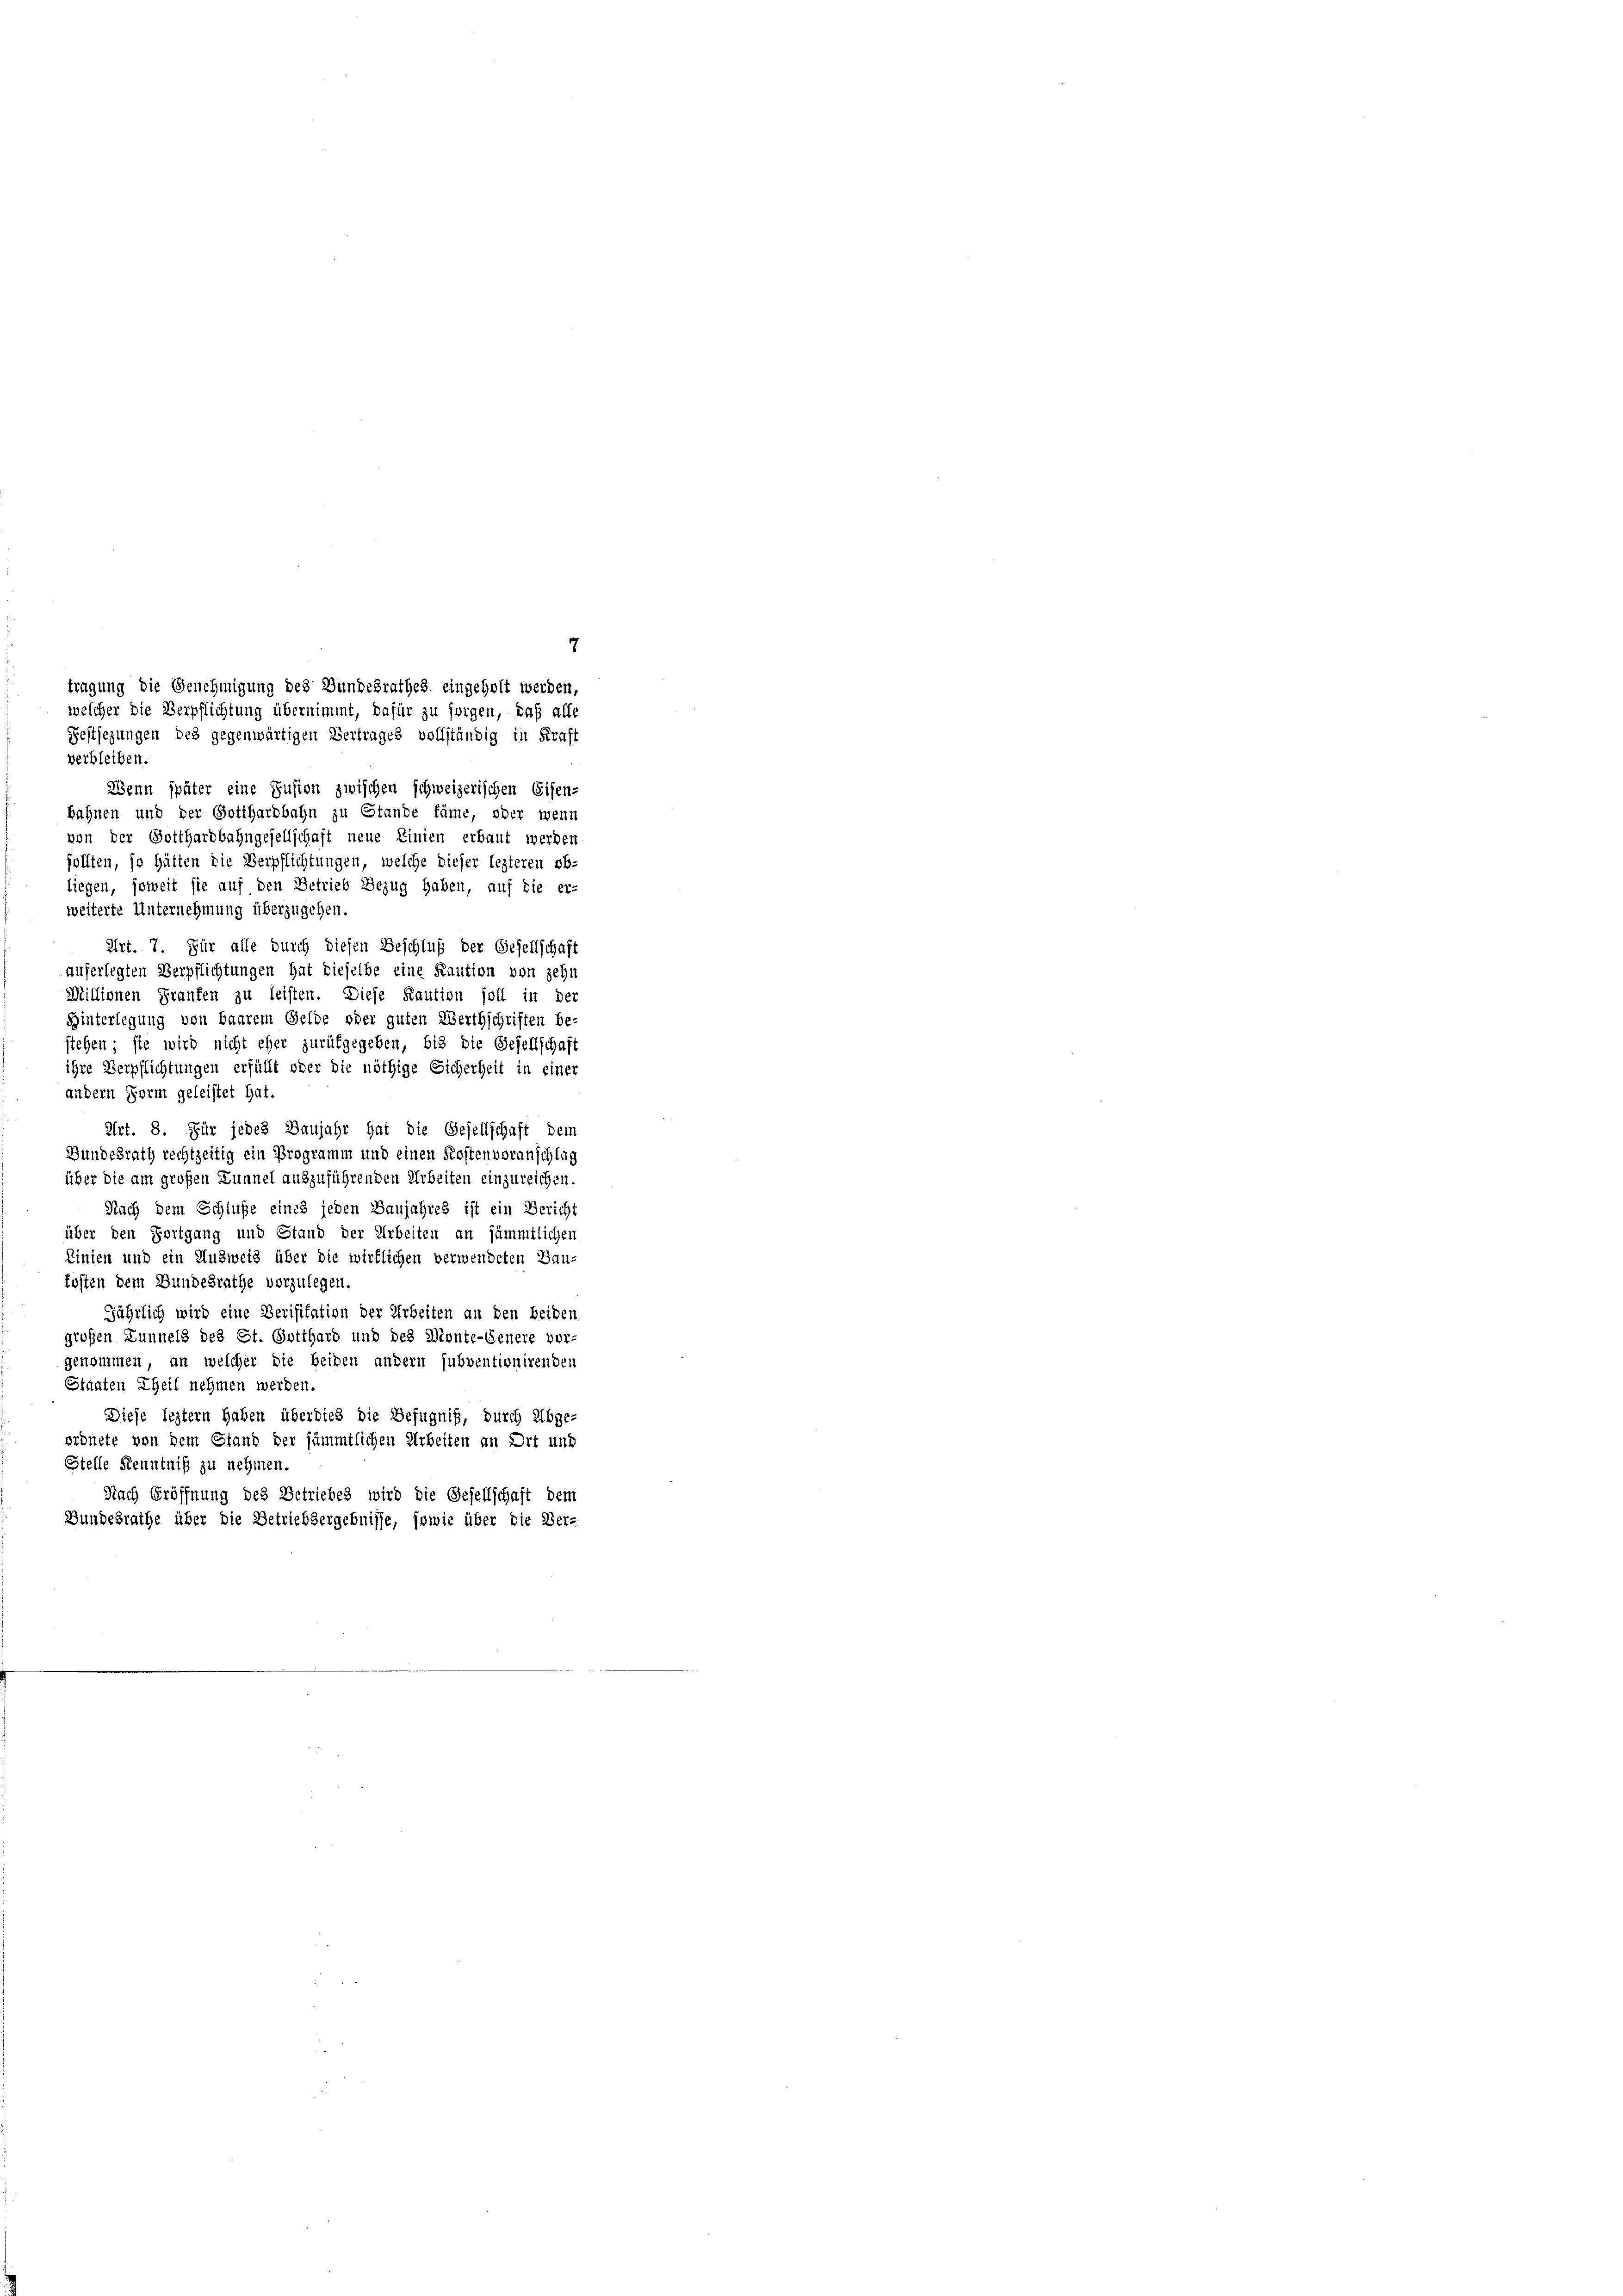
verbleiben.
Wenn später eine Zusion zwischen schweizerischen Eisen-
bahnen und der Gotthardbahn zu Stande fäme, oder wenn
von der Gotthardbahngesellschaft neue Linien erbaut werden
sollten, so hätten die Verpflichtungen, welche dieser lezteren obliegen, soweit sie auf den Betrieb Bezug haben, auf die er-
weiterte Unternehmung überzugehen.
Art. 7. Für alle durch diesen Beschluß der Gesellschaft
auferlegten Verpflichtungen hat dieselbe eine Kaution von zehn
Millionen Graufen zu leisten. Diese Kaution soll in der
Hinterlegung von Baarem Gelde oder guten Werthschriften be-
stehen; sie wird nicht eher zurükgegeben, bis die Gesellschaft
ihre Verpflichtungen erfüllt oder die nöthige Sicherheit in einer
andern Form geleistet hat.
Art. 8. Für jedes Daujahr hat die Gesellschaft dem
Bundesrath rechtzeitig ein Programm und einen Kostenvoranschlag
über die am großen Lunnel auszuführenden Arbeiten einzureichen.
Nach dem Schluße eines jeden Baujahres ist ein Bericht
über den Fortgang und Stand der Arbeiten an sämmtlichen
Linien und ein Ausweis über die wirklichen verwendeten Baukosten dem Bundesrathe vorzulegen.
jährlich wird eine Devisitation der Arbeiten an den beiden
großen Lunnels des St. Gotthard und des Monte-Genere vor-
genommen, an welcher die beiden andern subventionirenden
Staaten Theil nehmen werden.
Diese leztern haben überdies die Befugniß, durch Abge-
ordnete von dem Stand der sämmtlichen Arbeiten an Ort und
Stelle Kenntniß zu nehmen.
Nach Eröffnung des Betriebes wird die Gesellschaft dem
Bundesrathe über die Betriebsergebnisse, sowie über die Ber-

7
tragung die Genehmigung des Bundesrathes eingeholt werden,
welcher die Verpflichtung übernimmt, dafür zu sorgen, daß alle
Festsezungen des gegenwärtigen Vertrages vollständig in Kraft